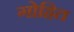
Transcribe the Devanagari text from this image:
गोहित